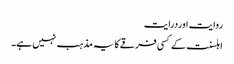
روایت اوردرایت
اہلسنت کے کسی فرقے کا یہ مذہب نہیں ہے۔